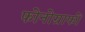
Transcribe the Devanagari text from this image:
फोनोग्राफों